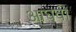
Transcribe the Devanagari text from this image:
आघवीं